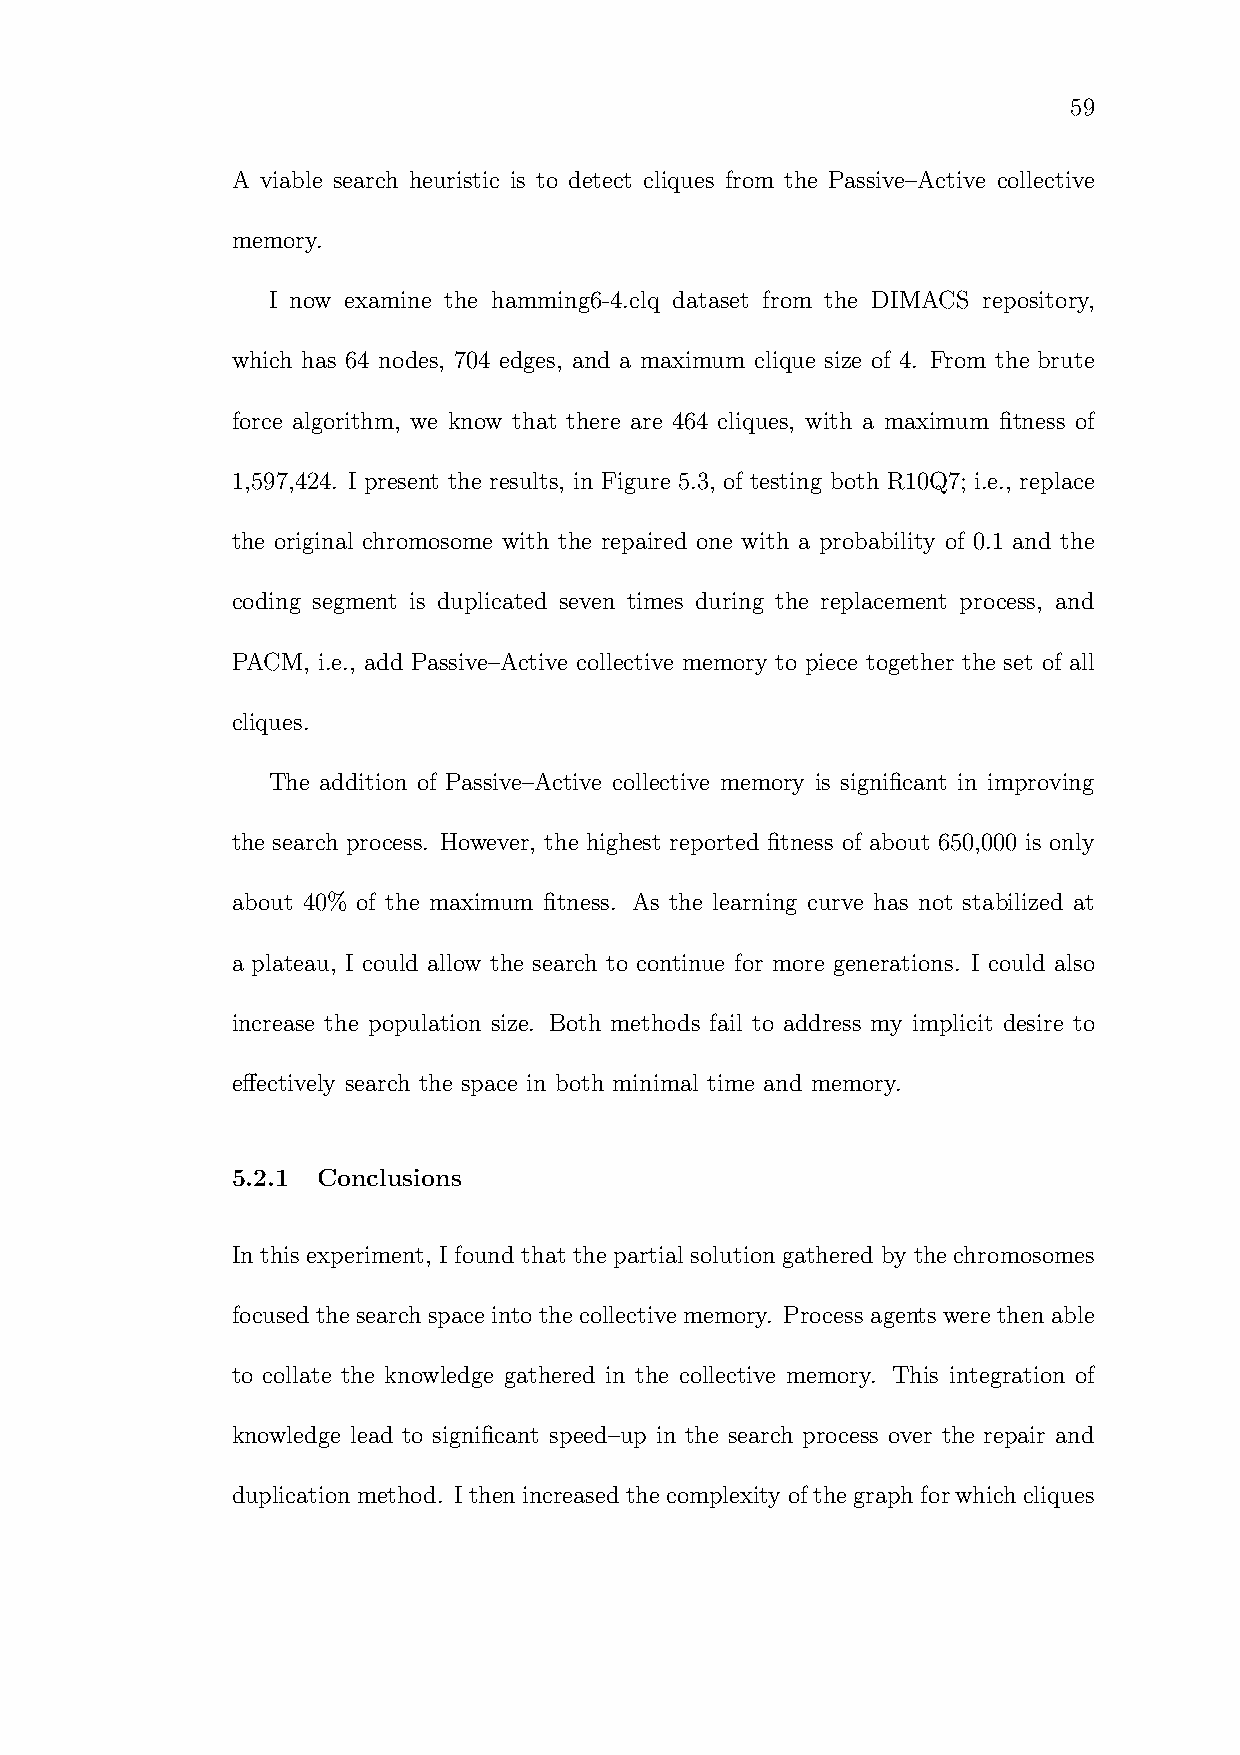
59
 A viable search heuristic is to detect cliques from the Passive–Active collective
 memory.
 I now examine the hamming6-4.clq dataset from the DIMACS repository,
 which has 64 nodes, 704 edges, and a maximum clique size of 4. From the brute
 force algorithm, we know that there are 464 cliques, with a maximum fitness of
 1,597,424. I present the results, in Figure 5.3, of testing both R10Q7; i.e., replace
 the original chromosome with the repaired one with a probability of 0.1 and the
 coding segment is duplicated seven times during the replacement process, and
 PACM, i.e., add Passive–Active collective memory to piece together the set of all
 cliques.
 The addition of Passive–Active collective memory is significant in improving
 the search process. However, the highest reported fitness of about 650,000 is only
 about 40% of the maximum fitness. As the learning curve has not stabilized at
 a plateau, I could allow the search to continue for more generations. I could also
 increase the population size. Both methods fail to address my implicit desire to
 effectively search the space in both minimal time and memory.
 5.2.1 Conclusions
 In this experiment, I found that the partial solution gathered by the chromosomes
 focusedthesearch space into thecollective memory. Process agentswere then able
 to collate the knowledge gathered in the collective memory. This integration of
 knowledge lead to significant speed–up in the search process over the repair and
 duplicationmethod. Ithenincreased thecomplexity ofthegraphforwhich cliques